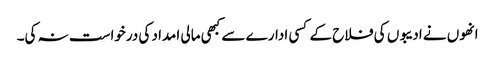
انھوں نے ادیبوں کی فلاح کے کسی ادارے سے کبھی مالی امداد کی درخواست نہ کی۔